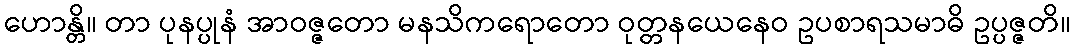
ဟောန္တိ။ တာ ပုနပ္ပုနံ အာဝဇ္ဇတော မနသိကရောတော ဝုတ္တနယေနေဝ ဥပစာရသမာဓိ ဥပ္ပဇ္ဇတိ။